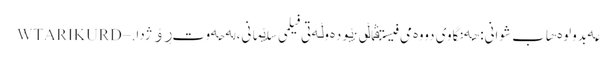
عەبدولوەهاب شوانی: هەنگاوی دووەمی فیستڤاڵی نێودەوڵەتی فیلمی سلێمانی، لە حەوت ڕۆژدا. – WTARIKURD